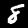
Label: 8